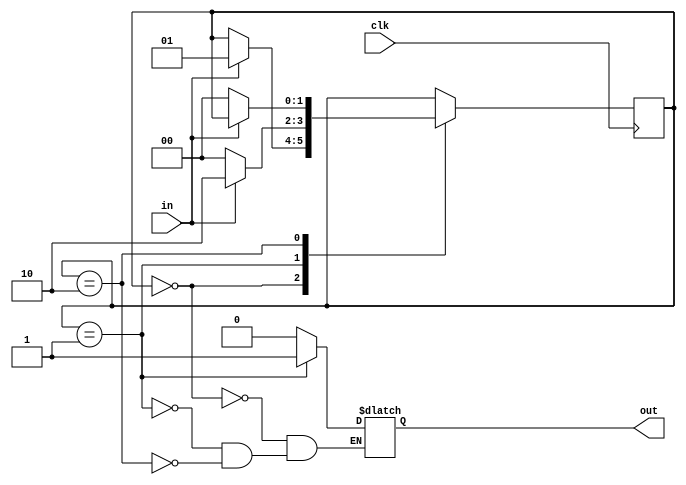
module singlePulser(
    output out,
    input in,
    input clk
    );
    
reg [1:0] state;
reg out;

initial state = 0;

always @(posedge clk)
begin
    case (state)
        0:  if (in == 1)
                state = 1;
        1:  if (in == 0)
                state = 0;
            else
                state = 2;
        2:  if (in == 0)
                state = 0;
    endcase
end

always @(state)
begin
    case (state)
        0: out = 0;
        1: out = 1;
        2: out = 0;
    endcase
end
    
endmodule